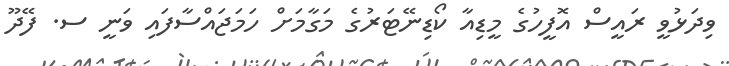
ވިދަޅުވީ ރައީސް އޮފީހުގެ މީޑިއާ ކޯޑިނޭޓަރުގެ މަގާމަށް ހަމަޖައްސާފައި ވަނީ ސ. ފޭދޫ